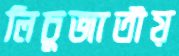
লিচুজাতীয়